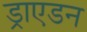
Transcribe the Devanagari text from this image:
ड्राएडन